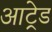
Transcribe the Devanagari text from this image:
आट्रेड